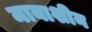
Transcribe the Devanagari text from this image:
मायाशीन